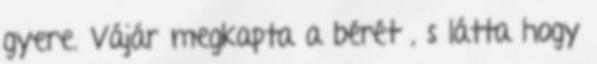
gyere. Vájár megkapta a bérét , s látta hogy